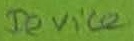
Text: Device